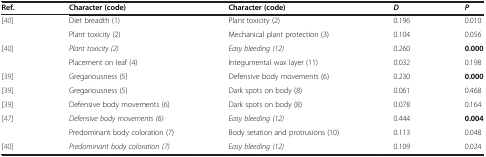
<table><thead><tr><td><b>Ref.</b></td><td><b>Character (code)</b></td><td><b>Character (code)</b></td><td><b><i>D</i></b></td><td><b><i>P</i></b></td></tr></thead><tbody><tr><td>[40]</td><td>Diet breadth (1)</td><td>Plant toxicity (2)</td><td>0.196</td><td>0.010</td></tr><tr><td> </td><td>Plant toxicity (2)</td><td>Mechanical plant protection (3)</td><td>0.104</td><td>0.056</td></tr><tr><td>[40]</td><td><i>Plant toxicity (2)</i></td><td><i>Easy bleeding (12)</i></td><td>0.260</td><td><b>0.000</b></td></tr><tr><td> </td><td>Placement on leaf (4)</td><td>Integumental wax layer (11)</td><td>0.032</td><td>0.198</td></tr><tr><td>[39]</td><td>Gregariousness (5)</td><td>Defensive body movements (6)</td><td>0.230</td><td><b>0.000</b></td></tr><tr><td>[39]</td><td>Gregariousness (5)</td><td>Dark spots on body (8)</td><td>0.061</td><td>0.468</td></tr><tr><td>[39]</td><td>Defensive body movements (6)</td><td>Dark spots on body (8)</td><td>0.078</td><td>0.164</td></tr><tr><td>[47]</td><td><i>Defensive body movements (6)</i></td><td><i>Easy bleeding (12)</i></td><td>0.444</td><td><b>0.004</b></td></tr><tr><td> </td><td>Predominant body coloration (7)</td><td>Body setation and protrusions (10)</td><td>0.113</td><td>0.048</td></tr><tr><td>[40]</td><td><i>Predominant body coloration (7)</i></td><td><i>Easy bleeding (12)</i></td><td>0.109</td><td>0.024</td></tr></tbody></table>